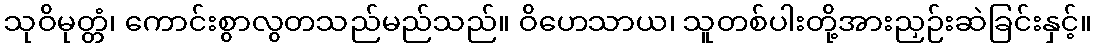
သုဝိမုတ္တံ၊ ကောင်းစွာလွတသည်မည်သည်။ ဝိဟေသာယ၊ သူတစ်ပါးတို့အားညှဉ်းဆဲခြင်းနှင့်။